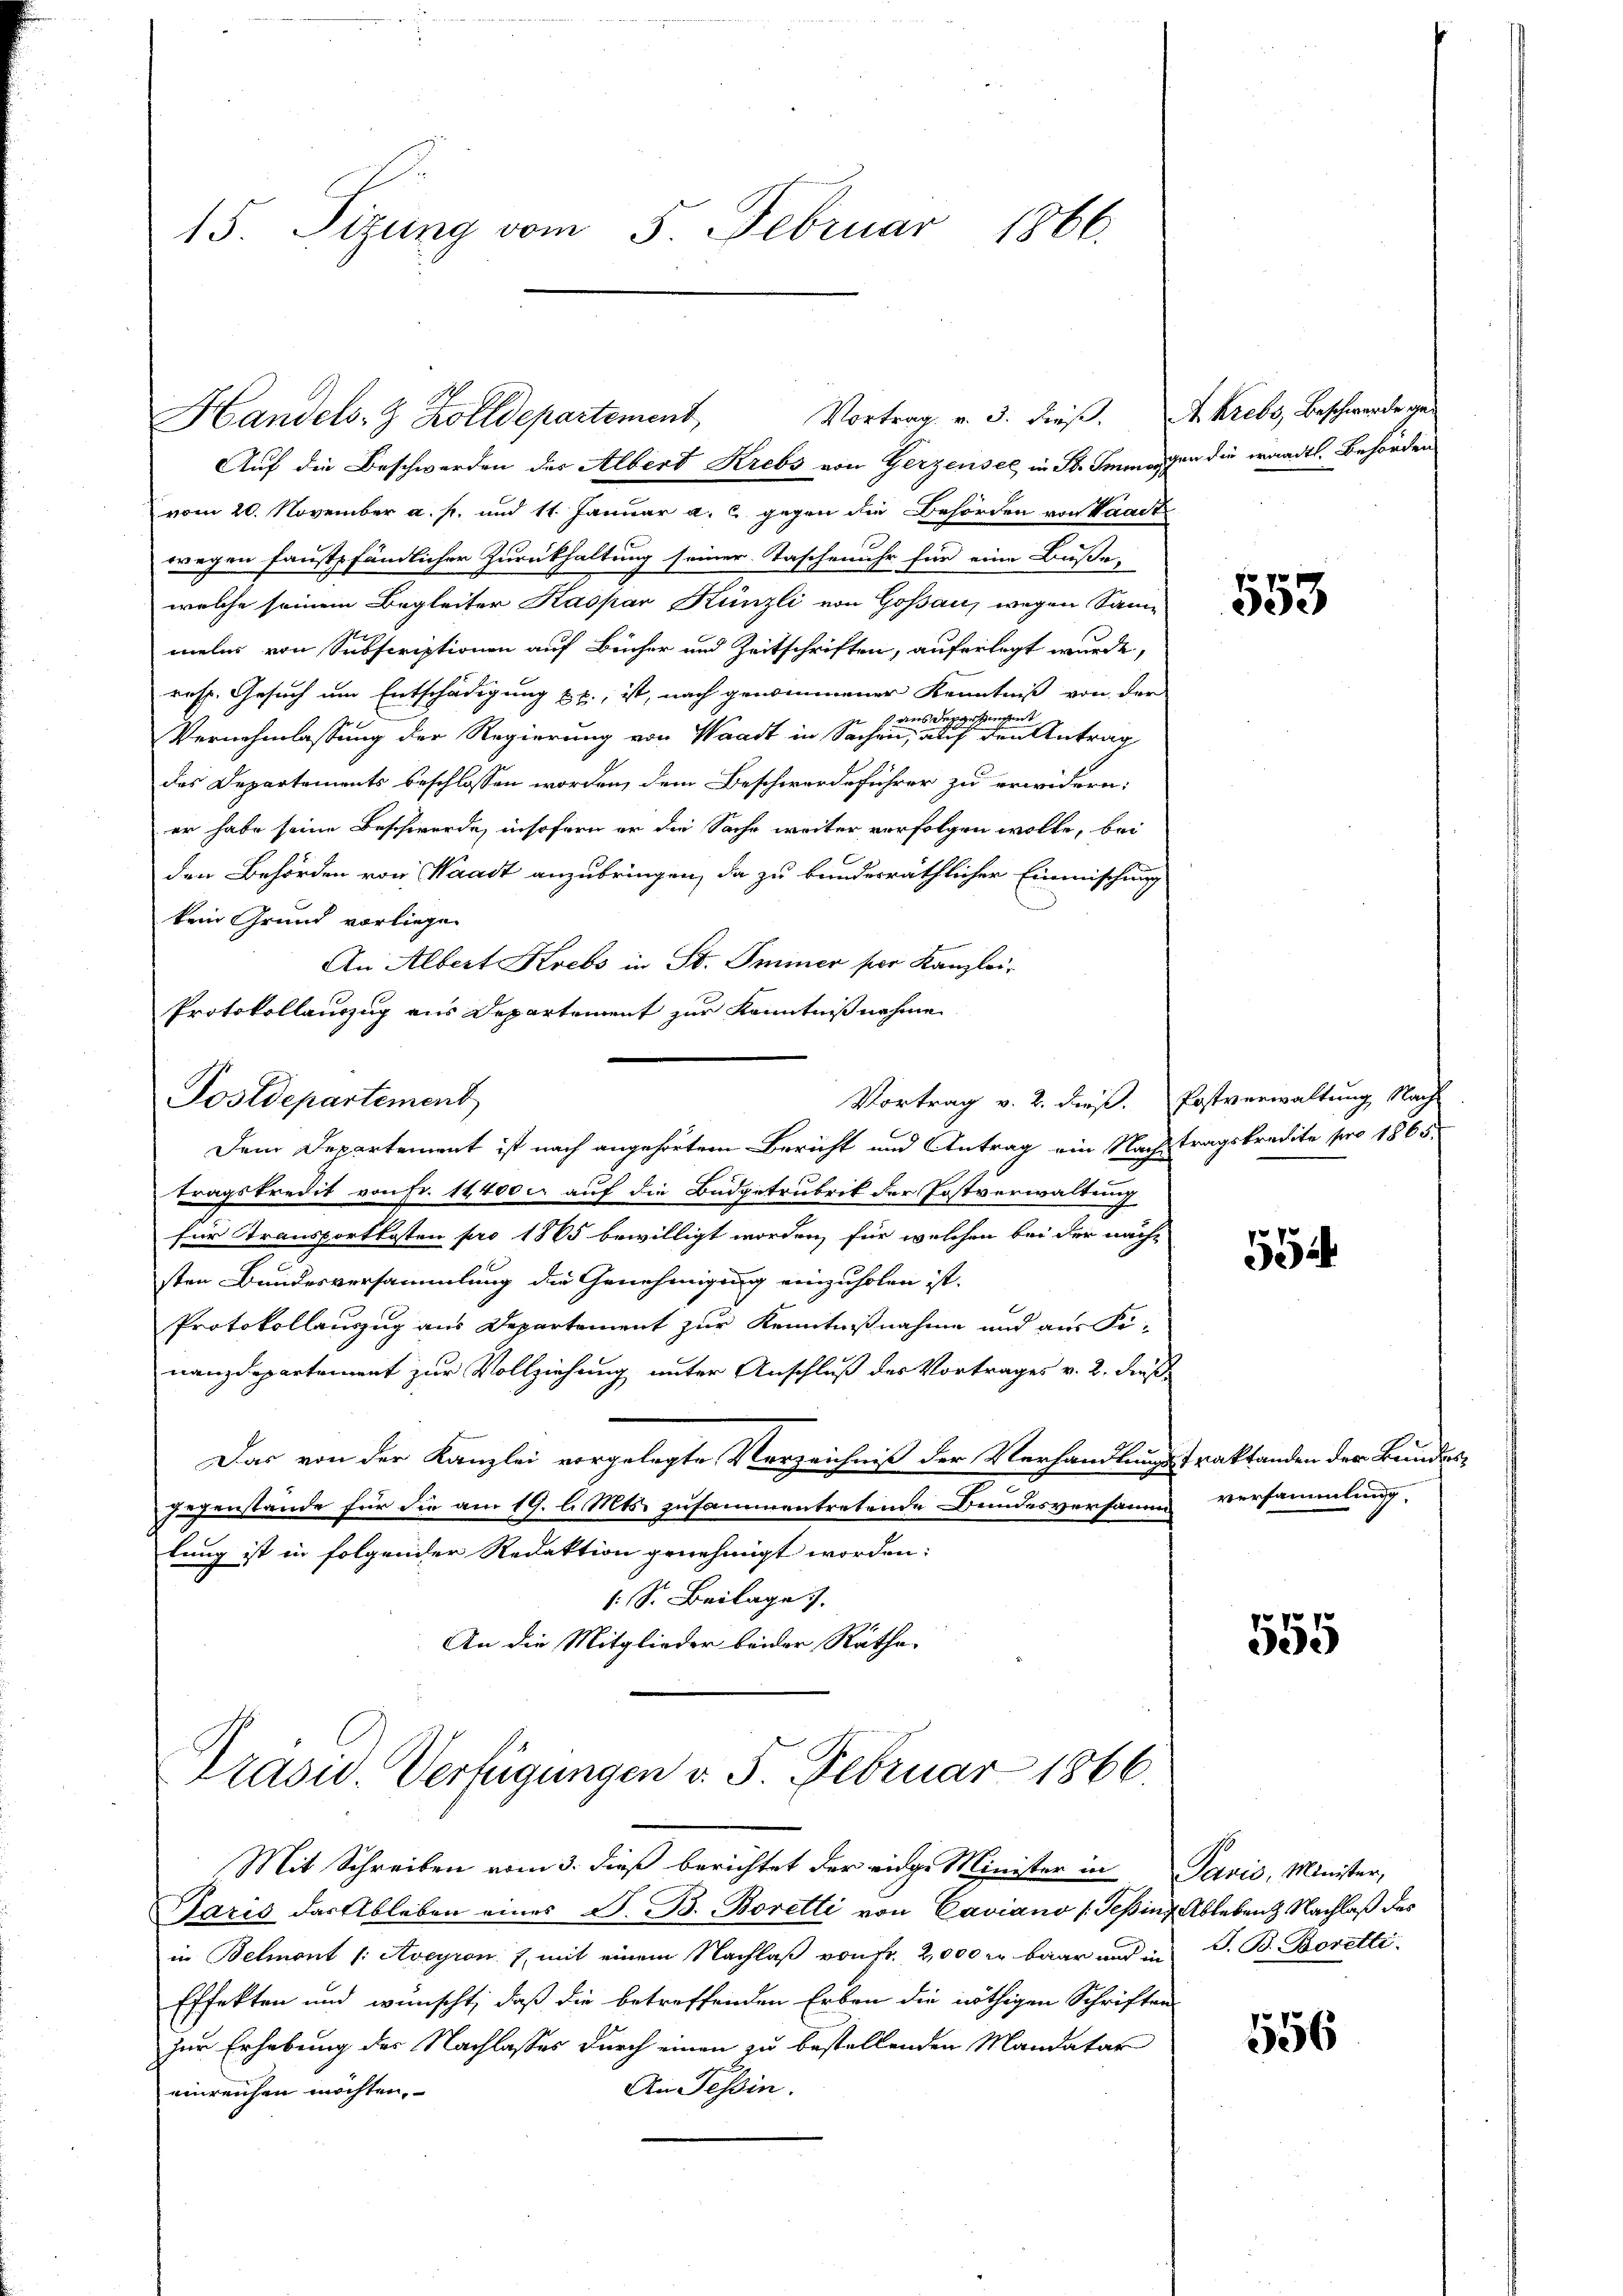
15. Sizung vom 5. Februar 1866.

Handels- & Zolldepartement,

Postdepartement

vom 20. November a. p. und 11. Januar a. c. gegen die Behörden von Waadt
wegen Faustpfändlicher Zurückhaltung seiner Taschenuhr für eine Buße,
welche seinem Begleiter Kaspar Künzli von Goßau, wegen Sammeles von Subscriptionen auf Bücher und Zeitschriften, auferlegt wurde,
resp. Gesuch um Entschädigung u. p., ist, nach genommener Kenntniß von der
vessenen
s aus des
Vernehmlassung der Regierung von Waadt in Sachen, auf den Antrag
des Departements beschlossen worden, dem Beschwerdeführer zu erwidern:
er habe seine Beschwerde, insofern er die Sache weiter verfolgen wolle, bei
den Behörden von Waadt anzubringen, da zu kundesräthlicher Einmischung
kein Grund vorliegen
An Albert Krebs in St. Immer per Kanzlei.
Protokollauszug aus Departement zur Kenntnisnehme

Vortrag v. 3. dieß. A. Krebs, Beschwerde ge-
Auf die Beschwerden des Albert Krebs von Gerzensee in St. Immagen die waadtl. Behörden

Vortrag v. 2. dieß. Postverwaltung Nach-
Dem Departement ist nach angehörten Bericht und Antrag ein Nachtragskredite pro 1865

tragskredit von Fr. 14400 c. auf die Budgetrubrik der Postverwaltung
für Transportkosten pro 1865 bewilligt worden, für welchen bei der nach
sten Bundesversammlung die Genehmigung einzuholen ist.
Protokollauszug aus Departement zur Kenntnißnahme und aus Fi-
nanzdepartement zur Vollziehung unter Anschluß des Vortrages v. 2. Fuß.
Das von der Kanzlei vorgelegte Verzeichniß der Verhandlungstraktanden der Bundes¬
Jugenstande für die am 19. l. Mts. zusammentretende Bundesversamm
lung ist in folgender Redaktion genehmigt worden:
( S. Beilage.
An die Mitglieder beider Räthe

Präsid. Verfügungen v. 5. Februar 1866.

Mit Schreiben vom 3. dieß berichtet der eige Minister in Paris, Minister,
Paris das Ableben eines S. B. Boretti von Caviano (Sepins Ableben Nachlaß das
in Belmont /: Aveyron J. mit einem Nachlaß von Fr. 2,000 m baar und an S. B. Boretti
Effekten und wünscht, daß die betreffenden Erben die nöthigen Schriften
zur Erhebung der Nachlasses durch einen zu bestellenden Mandatar
An Tessin.
einreichen möchten.

553

5

versammlung.

555

556